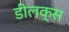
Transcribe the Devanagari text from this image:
डीलक्‍स